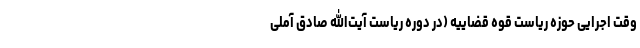
وقت اجرایی حوزه ریاست قوه قضاییه (در دوره ریاست آیت‌الله صادق آملی